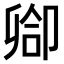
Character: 𫧻